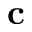
{ \bf c }